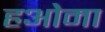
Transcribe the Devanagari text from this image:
हओमा